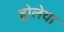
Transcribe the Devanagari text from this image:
होलेया